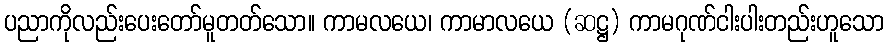
ပညာကိုလည်းပေးတော်မူတတ်သော။ ကာမလယေ၊ ကာမာလယေ (ဆဋ္ဌ) ကာမဂုဏ်ငါးပါးတည်းဟူသော